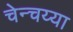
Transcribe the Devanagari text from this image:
चेन्चय्या